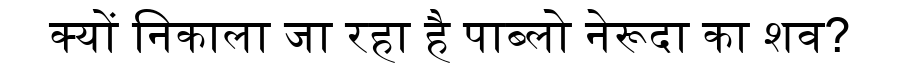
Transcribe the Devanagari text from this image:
क्यों निकाला जा रहा है पाब्लो नेरूदा का शव?